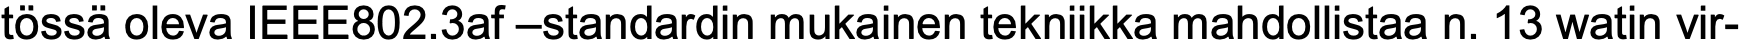
tössä oleva IEEE802.3af –standardin mukainen tekniikka mahdollistaa n. 13 watin vir-